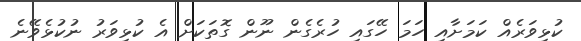
ކުޅިވަރެއް ކަމަށާއި ހަމަ ހޭގައި ހުރެގެން ނޫން ގޮތަކަށް އެ ކުޅިވަރު ނުކުޅެވޭނެ